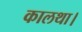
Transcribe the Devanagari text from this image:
कालथा।